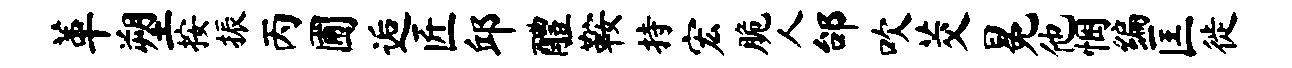
革塑按振丙圃逅匠邱醴鞍持宏脆人邰吹茭冕他悃编匡徙